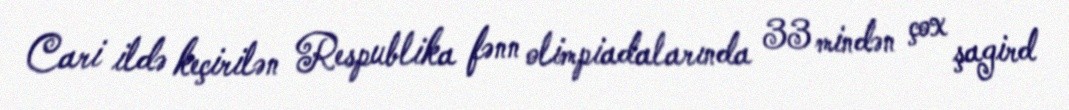
Cari ildə keçirilən Respublika fənn olimpiadalarında 33 mindən çox şagird